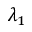
\lambda _ { 1 }